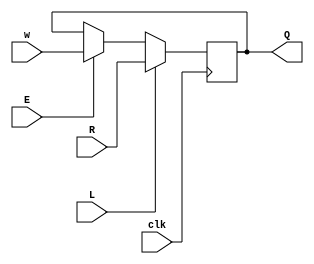
module MUXDFF (
    input clk,
    input w, R, E, L,
    output Q
);
    
    always @(posedge clk) begin
        Q <= L==1'b1 ? R : (E==1'b1 ? w : Q );  
    end

endmodule
module top_module (
    input [3:0] SW,
    input [3:0] KEY,
    output [3:0] LEDR
); //
    //          clk   , w     , R	 , E	 , L	 , Q
    MUXDFF md3( KEY[0], KEY[3], SW[3], KEY[1], KEY[2], LEDR[3] );
    MUXDFF md2( KEY[0], LEDR[3], SW[2], KEY[1], KEY[2], LEDR[2] );
    MUXDFF md1( KEY[0], LEDR[2], SW[1], KEY[1], KEY[2], LEDR[1] );
    MUXDFF md0( KEY[0], LEDR[1], SW[0], KEY[1], KEY[2], LEDR[0] );

endmodule